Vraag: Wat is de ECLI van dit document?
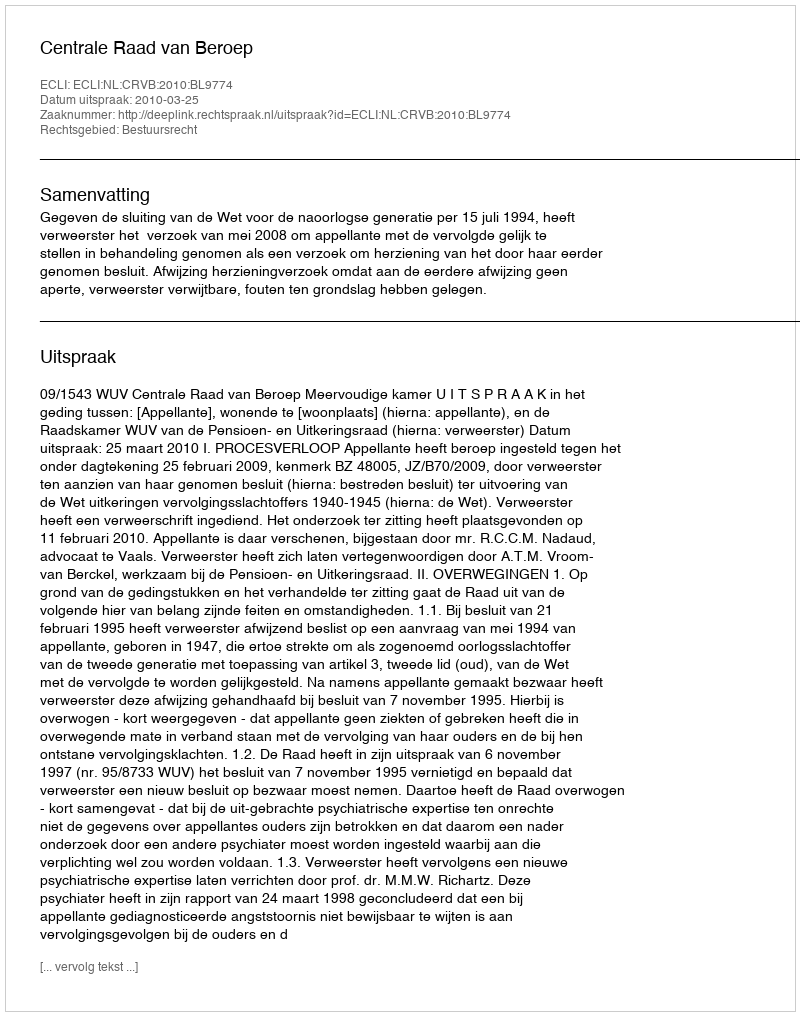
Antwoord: ECLI:NL:CRVB:2010:BL9774